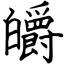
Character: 皭